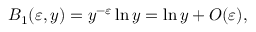
B _ { 1 } ( \varepsilon , y ) = y ^ { - \varepsilon } \ln y = \ln y + O ( \varepsilon ) \nonumber ,